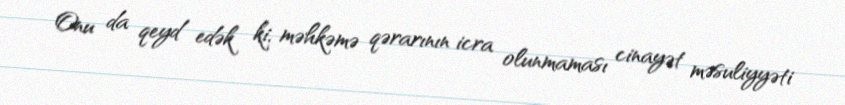
Onu da qeyd edək ki, məhkəmə qərarının icra olunmaması cinayət məsuliyyəti